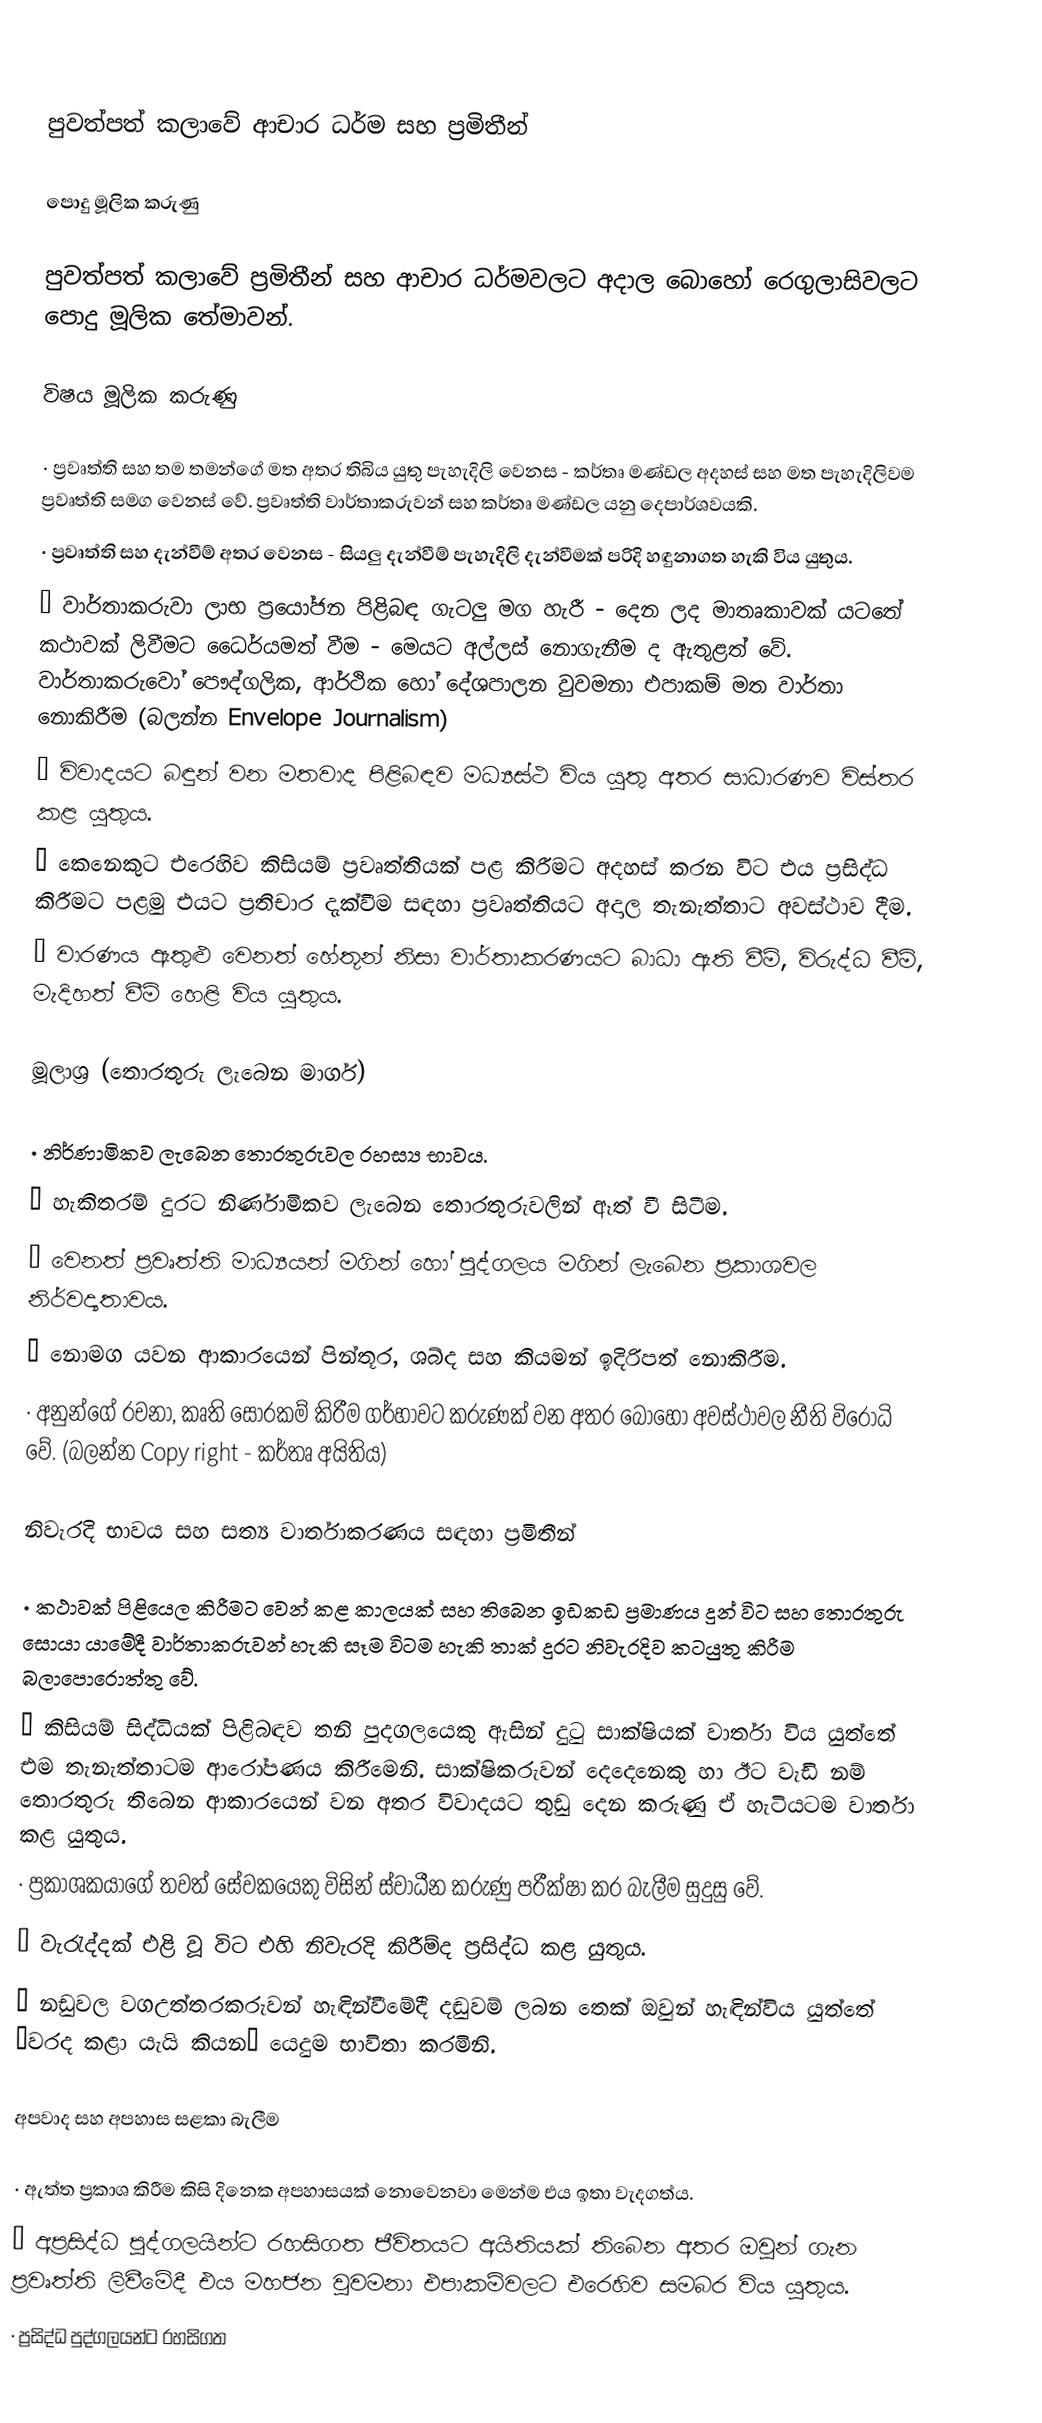

පුවත්පත් කලාවේ ආචාර ධර්ම සහ ප්‍රමිතීන්

පොදු මූලික කරුණු

පුවත්පත් කලාවේ ප්‍රමිතීන් සහ ආචාර ධර්මවලට අදාල බොහෝ රෙගුලාසිවලට පොදු මූලික තේමාවන්.

විෂය මූලික කරුණු

·	ප්‍රවෘත්ති සහ තම තමන්ගේ මත අතර තිබිය යුතු පැහැදිලි වෙනස - කර්තෘ මණ්ඩල අදහස් සහ මත පැහැදිලිවම ප්‍රවෘත්ති සමග වෙනස් වේ. ප්‍රවෘත්ති වාර්තාකරුවන් සහ කර්තෘ මණ්ඩල යනු දෙපාර්ශවයකි.
·	ප්‍රවෘත්ති සහ දැන්වීම් අතර වෙනස - සියලු දැන්වීම් පැහැදිලි දැන්වීමක් පරිදි හඳුනාගත හැකි විය යුතුය.
·	වාර්තාකරුවා ලාභ ප්‍රයෝජන පිළිබඳ ගැටලු මග හැරී - දෙන ලද මාතෘකාවක් යටතේ කථාවක් ලිවීමට ධෛර්යමත් වීම - මෙයට අල්ලස් නොගැනීම ද ඇතුළත් වේ. වාර්තාකරුවො‍් පෞද්ගලික, ආර්ථික හෝ දේශපාලන වුවමනා එපාකම් මත වාර්තා නොකිරීම (බලන්න Envelope Journalism)
·	විවාදයට බඳුන් වන මතවාද පිළිබඳව මධ්‍යස්ථ විය යුතු අතර සාධාරණව විස්තර කළ යුතුය.
·	කෙනෙකුට එරෙහිව කිසියම් ප්‍රවෘත්තියක් පළ කිරීමට අදහස් කරන විට එය ප්‍රසිද්ධ කිරීමට පළමු එයට ප්‍රතිචාර දැක්වීම සඳහා ප්‍රවෘත්තියට අදාල තැනැත්තාට අවස්ථාව දීම.
·	වාරණය ඇතුළු වෙනත් හේතූන් නිසා වාර්තාකරණයට බාධා ඇති වීම්, විරුද්ධ වීම්, මැදිහත් වීම් හෙළි විය යුතුය.

මූලාශ්‍ර (තොරතුරු ලැබෙන මාර්ග)

·	නිර්ණාමිකව ලැබෙන තොරතුරුවල රහස්‍ය භාවය.
·	හැකිතරම් දුරට නිර්ණාමිකව ලැබෙන තොරතුරුවලින් ඈත් වී සිටීම.
·	වෙනත් ප්‍රවෘත්ති මාධ්‍යයන් මගින් හෝ පුද්ගලය මගින් ලැබෙන ප්‍රකාශවල නිර්වද්‍යතාවය.
·	නොමග යවන ආකාරයෙන් පින්තූර, ශබ්ද සහ කියමන් ඉදිරිපත් නොකිරීම.
·	අනුන්ගේ රචනා, කෘති සොරකම් කිරීම ගර්හාවට කරුණක් වන අතර බොහෝ අවස්ථාවල නීති විරෝධි වේ. (බලන්න Copy right - කර්තෘ අයිතිය)

නිවැරදි භාවය සහ සත්‍ය වාර්තාකරණය සඳහා ප්‍රමිතීන්

·	කථාවක් පිළියෙල කිරීමට වෙන් කළ කාලයක් සහ තිබෙන ඉඩකඩ ප්‍රමාණය දුන් විට සහ තොරතුරු සොයා යාමේදී වාර්තාකරුවන් හැකි සෑම විටම හැකි තාක් දුරට නිවැරදිව කටයුතු කිරීම බලාපොරොත්තු වේ.
·	කිසියම් සිද්ධියක් පිළිබඳව තනි පුදගලයෙකු ඇසින් දුටු සාක්ෂියක් වාර්තා විය යුත්තේ එම තැනැත්තාටම ආරෝපණය කිරීමෙනි. සාක්ෂිකරුවන් දෙදෙනෙකු හා ඊට වැඩි නම් තොරතුරු තිබෙන ආකාරයෙන් වන අතර විවාදයට තුඩු දෙන කරුණු ඒ හැටියටම වාර්තා කළ යුතුය.
·	ප්‍රකාශකයාගේ තවත් සේවකයෙකු විසින් ස්වාධීන කරුණු පරීක්ෂා කර බැලීම සුදුසු වේ.
·	වැරැද්දක් එළි වූ විට එහි නිවැරදි කිරීම්ද ප්‍රසිද්ධ කළ යුතුය.
·	නඩුවල වගඋත්තරකරුවන් හැඳින්වීමේදී දඬුවම් ලබන තෙක් ඔවුන් හැඳින්විය යුත්තේ ‘වරද කළා යැයි කියන’ යෙදුම භාවිතා කරමිනි.

අපවාද සහ අපහාස සළකා බැලීම

·	ඇත්ත ප්‍රකාශ කිරීම කිසි දිනෙක අපහාසයක් නොවෙනවා මෙන්ම එය ඉතා වැදගත්ය.
·	අප්‍රසිද්ධ පුද්ගලයින්ට රහසිගත ජීවිතයට අයිතියක් තිබෙන අතර ඔවුන් ගැන ප්‍රවෘත්ති ලිවීමේදී එය මහජන වුවමනා එපාකම්වලට එරෙහිව සමබර විය යුතුය.
·	ප්‍රසිද්ධ පුද්ගලයන්ට රහසිගත